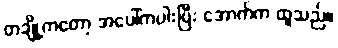
တချို့ကတော့ အပေါ်ကပါးပြီး အောက်က ထူသည်။